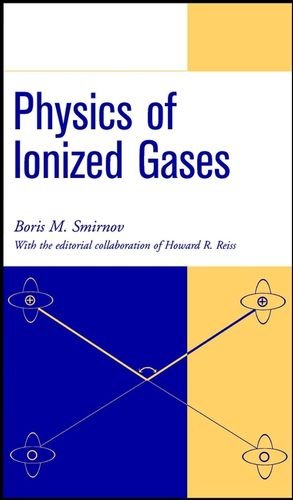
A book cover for Physics of Ionized Gases (A Wiley-Interscience Publication); Boris M. Smirnov; Science & Math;